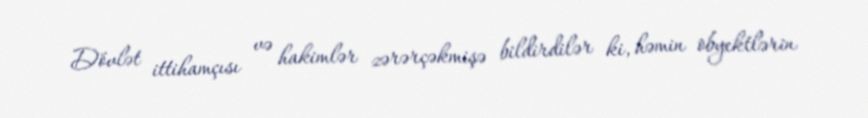
Dövlət ittihamçısı və hakimlər zərərçəkmişə bildirdilər ki, həmin obyektlərin